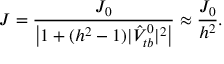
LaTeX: J = \frac { J _ { 0 } } { \left| 1 + ( h ^ { 2 } - 1 ) | \hat { V } _ { t b } ^ { 0 } | ^ { 2 } \right| } \approx \frac { J _ { 0 } } { h ^ { 2 } } .